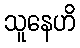
သူနေဟိ